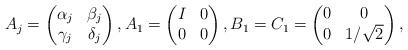
LaTeX: \begin{align*}A_j=\begin{pmatrix}\alpha_j&\beta_j\\\gamma_j&\delta_j\end{pmatrix},A_1=\begin{pmatrix}I&0\\0&0\end{pmatrix},B_1=C_1=\begin{pmatrix}0&0\\0&1/\sqrt{2}\end{pmatrix},\end{align*}